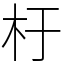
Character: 杅